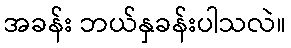
အခန်း ဘယ်နှခန်းပါသလဲ။